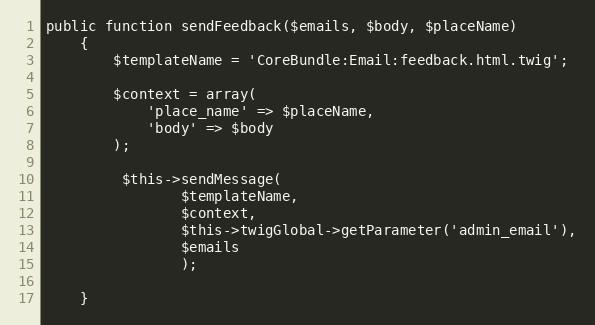
Language: PHP
public function sendFeedback($emails, $body, $placeName)
    {
        $templateName = 'CoreBundle:Email:feedback.html.twig';

        $context = array(
            'place_name' => $placeName,
            'body' => $body
        );

         $this->sendMessage(
                $templateName,
                $context,
                $this->twigGlobal->getParameter('admin_email'),
                $emails
                );

    }